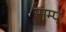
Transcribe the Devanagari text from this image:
सम्प